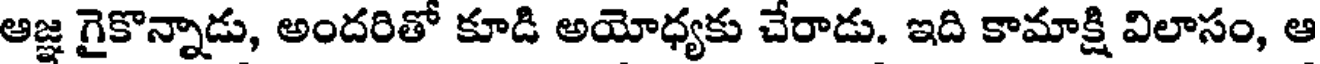
ఆజ్ఞ గైకొన్నాడు, అందరితో కూడి అయోధ్యకు చేరాడు. ఇది కామాక్షి విలాసం, ఆ